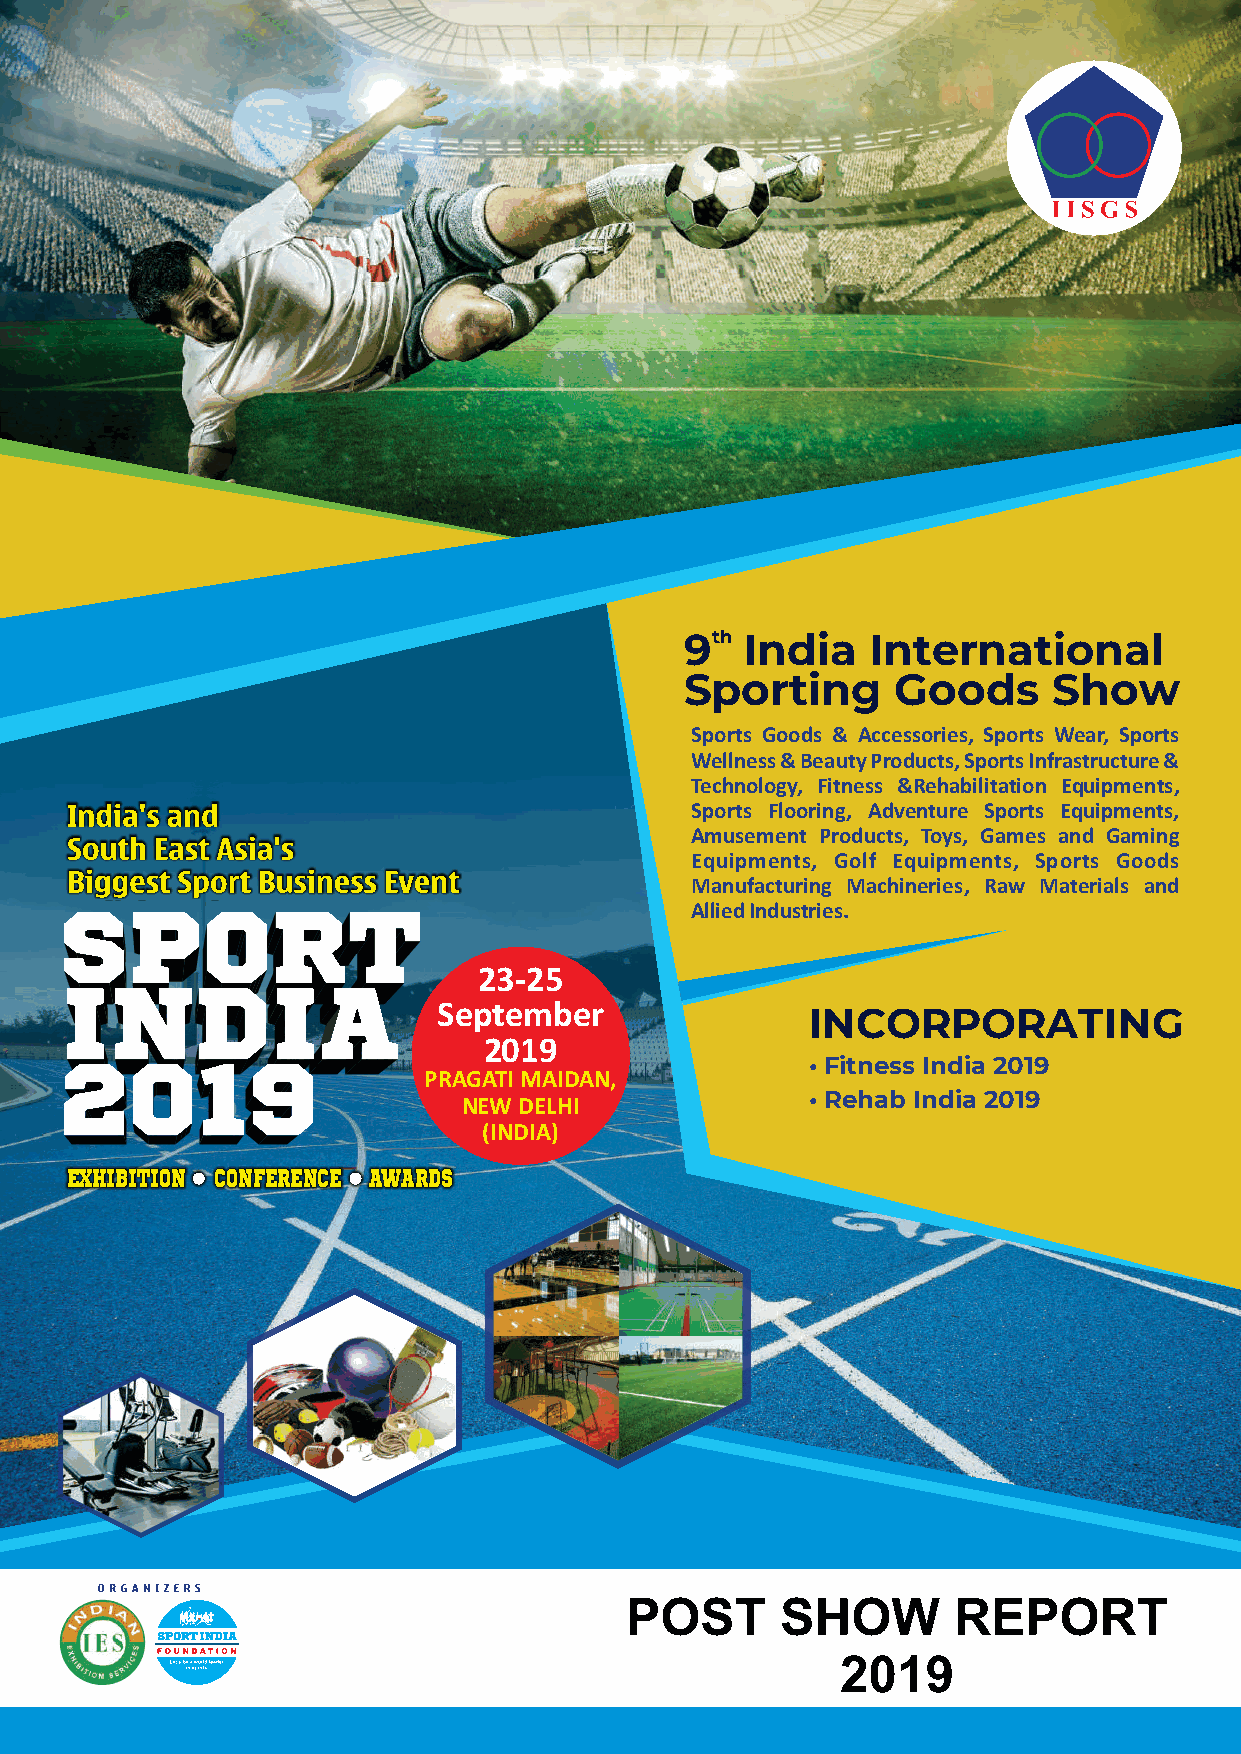
9th India    International
 Sporting      Goods      Show
 Sports Goods & Accessories, Sports Wear, Sports
 Wellness & Beauty Products, Sports Infrastructure &
 Technology, Fitness &Rehabilitation Equipments,
 Sports Flooring, Adventure Sports Equipments,
 Amusement Products, Toys, Games and Gaming
 Equipments, Golf Equipments, Sports Goods
 Manufacturing Machineries, Raw Materials and
 Allied Industries.
 23-25
 September
 INCORPORATING
 2019
 • Fitness India 2019
 PRAGATI MAIDAN,
 NEW DELHI              • Rehab India 2019
 (INDIA)
 EXHIBITION CONFERENCE AWARDS
 POST       SHOW       REPORT
 2019